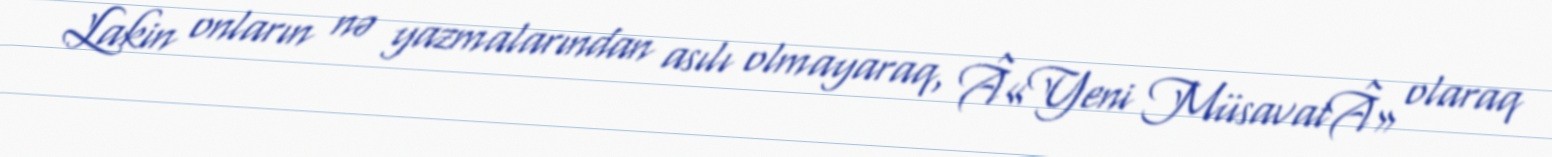
Lakin onların nə yazmalarından asılı olmayaraq, Â«Yeni MüsavatÂ» olaraq